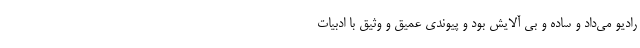
رادیو می‌داد و ساده و بی آلایش بود و پیوندی عمیق و وثیق با ادبیات